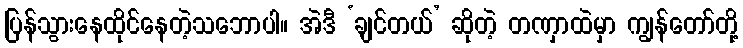
ပြန်သွားနေထိုင်နေတဲ့သဘောပါ။ အဲဒီ ‘ချင်တယ်’ ဆိုတဲ့ တဏှာထဲမှာ ကျွန်တော်တို့